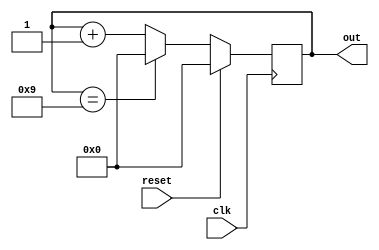
`timescale 1ns / 1ps

module four_bit_decade_counter(clk,reset,out);
input clk,reset;
output [3:0] out;
reg [3:0] out;

initial out=4'b0000;
always@(posedge clk) begin
    if(reset==1'b1) begin
        out=4'b0000;
    end
    else begin
        if(out==4'b1001) begin
            out=4'b0000;
        end
        else begin
            out<=out+1;
        end
    end
end
endmodule